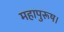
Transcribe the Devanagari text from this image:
महापुरूष।